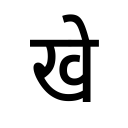
OCR:
खे